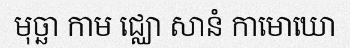
មុច្ឆា កាម ជ្ឈោ សានំ កាមោឃោ